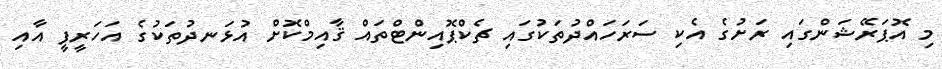
މި އޮޕަރޭޝަންގައި ރަށުގެ އެކި ސަރަހައްދުތަކުގައި ޗެކްޕޮއިންޓްތައް ޤާއިމްކޮށް އުޅަނދުތަކުގެ އަހަރީފީ އާއި